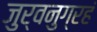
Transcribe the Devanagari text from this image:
जुर्वनुग्रहं